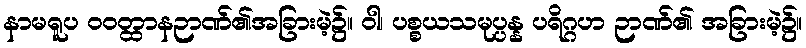
နာမရူပ ဝဝတ္ထာနဉာဏ်၏အခြားမဲ့၌။ ဝါ၊ ပစ္စယသမုပ္ပန္န ပရိဂ္ဂဟ ဉာဏ်၏ အခြားမဲ့၌။